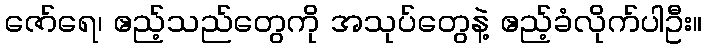
ဇော်ရေ၊ ဧည့်သည်တွေကို အသုပ်တွေနဲ့ ဧည့်ခံလိုက်ပါဦး။